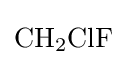
{\mathrm {CH} {\vphantom {A}}_{\smash[{t}]{2}}\mathrm {ClF} }